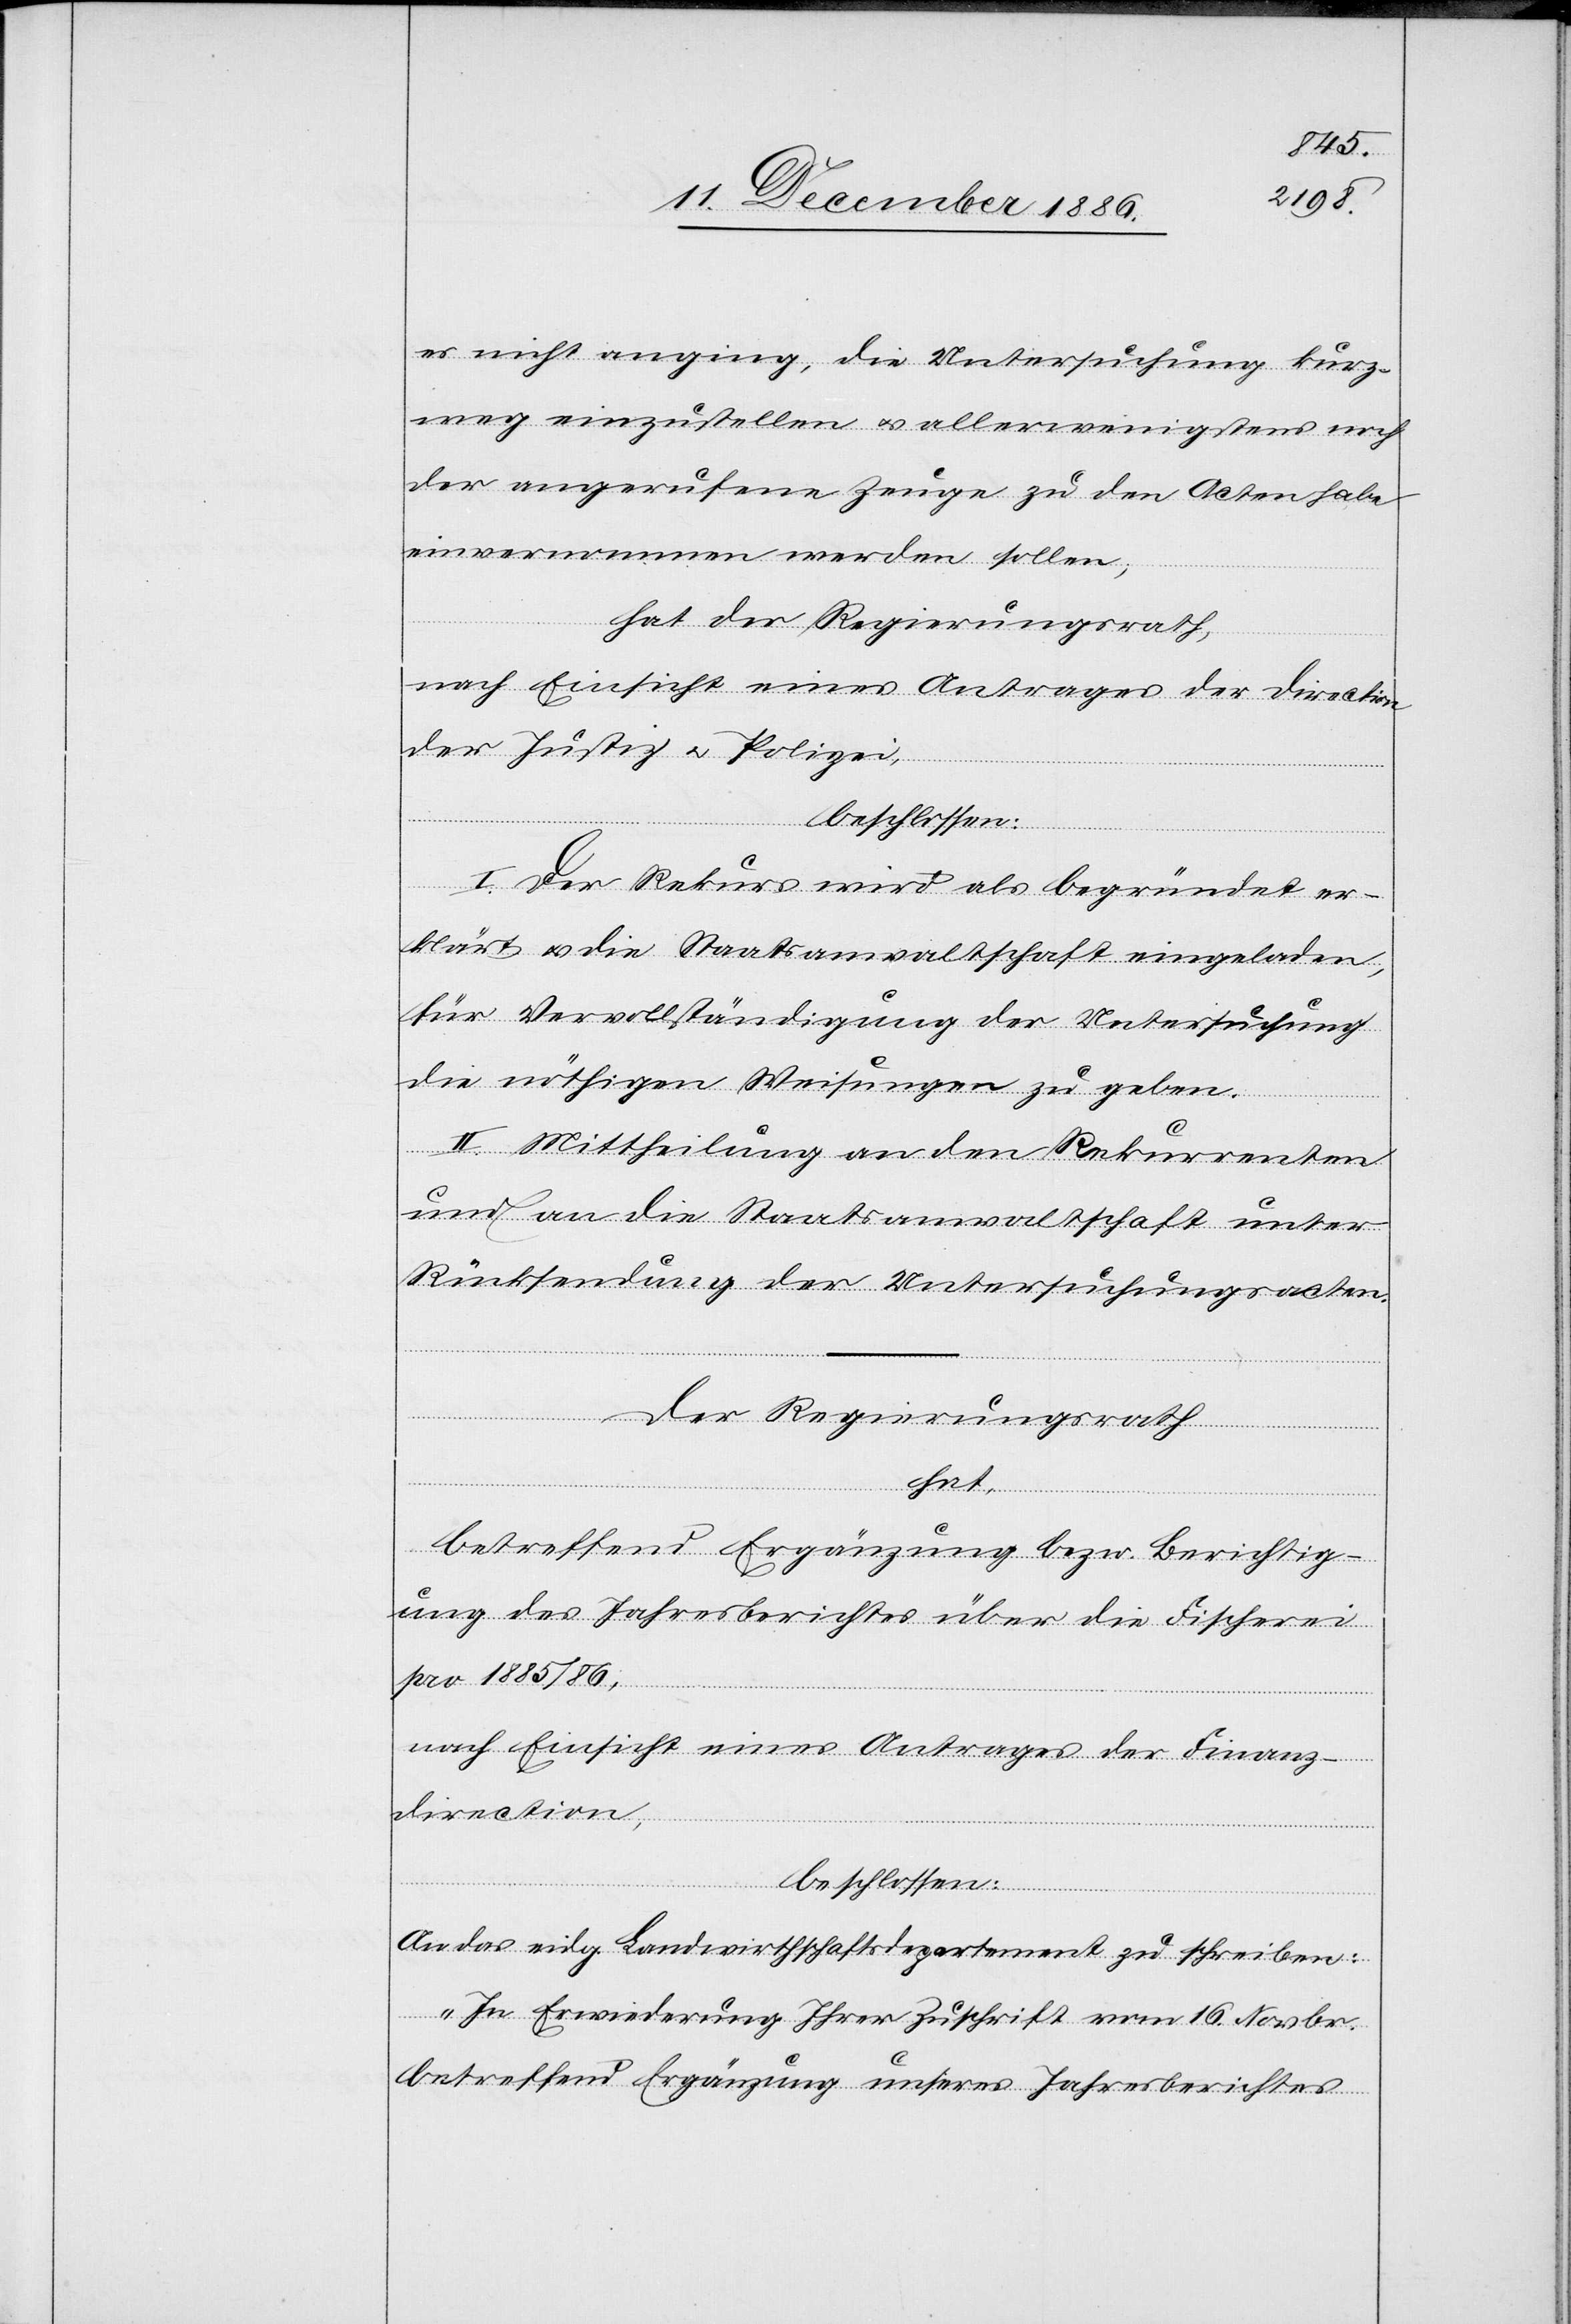
es nicht anging, die Untersuchung kurz¬
weg einzustellen & allerwenigstens noch
der angerufene Zeuge zu den Acten habe
einvernommen werden sollen;
hat der Regierungsrath,
nach Einsicht eines Antrages der Direction
der Justiz & Polizei,
beschlossen:
I. Der Rekurs wird als begründet er¬
klärt & die Staatsanwaltschaft eingeladen,
für Vervollständigung der Untersuchung
die nöthigen Weisungen zu geben.
II. Mittheilung an den Rekurrenten
und an die Staatsanwaltschaft unter
Rücksendung der Untersuchungsacten.
Der Regierungsrath
hat,
betreffend Ergänzung bezw. Berichtig¬
ung des Jahresberichtes über die Fischerei
pro 1885/86;
nach Einsicht eines Antrages der Finanz¬
direction,
beschlossen:
An das eidg. Landwirthschaftsdepartement zu schreiben:
„In Erwiederung Ihrer Zuschrift vom 16. Novbr.
betreffend Ergänzung unseres Jahresberichtes